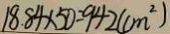
1 8 . 8 4 \times 5 0 = 9 4 2 ( c m ^ { 2 } )